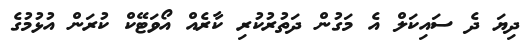
ދިޔަ ދެ ސައިކަލް އެ މަގުން ދަތުރުކުރި ކާރެއް އޯވަޓޭކް ކުރަން އުޅުމުގެ